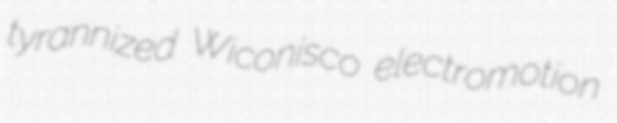
tyrannized Wiconisco electromotion